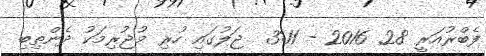
ފެބްރުއަރީ 28